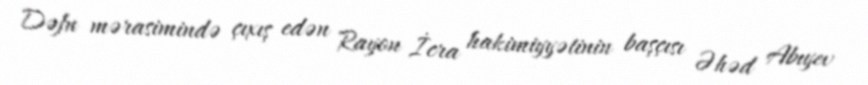
Dəfn mərasimində çıxış edən Rayon İcra hakimiyyətinin başçısı Əhəd Abıyev